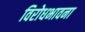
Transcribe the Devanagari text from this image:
विरोधभावना